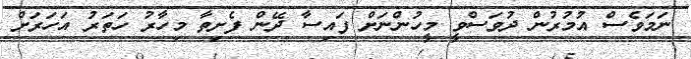
ނަމަވެސް އުމުރުން ދުވަސްވީ މީހުންނަށް ފައިސާ ދޭން ފެށިތާ މިހާރު ހަތަރު އަހަރަށް